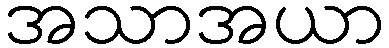
အသာအယာ